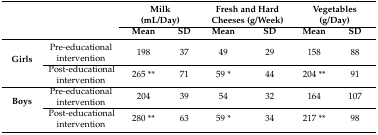
<table><thead><tr><td rowspan="2"></td><td rowspan="2"></td><td colspan="2"><b>Milk (mL/Day)</b></td><td colspan="2"><b>Fresh and Hard Cheeses (g/Week)</b></td><td colspan="2"><b>Vegetables (g/Day)</b></td></tr><tr><td><b>Mean</b></td><td><b>SD</b></td><td><b>Mean</b></td><td><b>SD</b></td><td><b>Mean</b></td><td><b>SD</b></td></tr></thead><tbody><tr><td rowspan="2"><b>Girls</b></td><td>Pre-educational intervention</td><td>198</td><td>37</td><td>49</td><td>29</td><td>158</td><td>88</td></tr><tr><td>Post-educational intervention</td><td>265 **</td><td>71</td><td>59 *</td><td>44</td><td>204 **</td><td>91</td></tr><tr><td rowspan="2"><b>Boys</b></td><td>Pre-educational intervention</td><td>204</td><td>39</td><td>54</td><td>32</td><td>164</td><td>107</td></tr><tr><td>Post-educational intervention</td><td>280 **</td><td>63</td><td>59 *</td><td>34</td><td>217 **</td><td>98</td></tr></tbody></table>